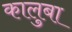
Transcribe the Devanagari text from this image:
कालुबा